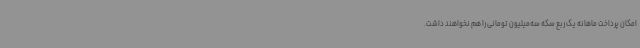
امکان پرداخت ماهانه یک ربع سکه سه‌میلیون تومانی را هم نخواهند داشت.